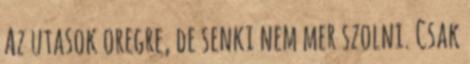
Az utasok oregre, de senki nem mer szolni. Csak